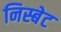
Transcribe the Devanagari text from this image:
निस्बेट